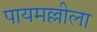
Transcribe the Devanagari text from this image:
पायमल्लीला